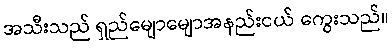
အသီးသည် ရှည်မျောမျောအနည်းငယ် ကွေးသည်။